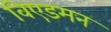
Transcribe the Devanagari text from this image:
विएडमन